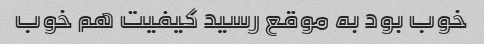
خوب بود به موقع رسید کیفیت هم خوب